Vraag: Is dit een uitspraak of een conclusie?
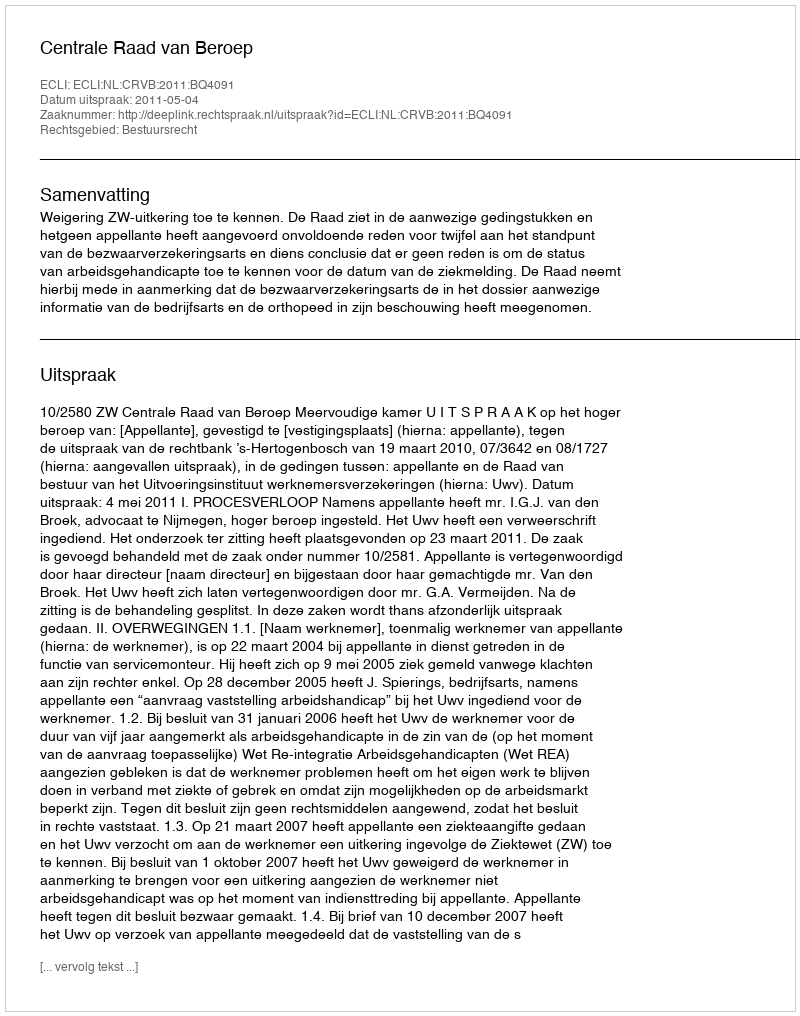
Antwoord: Uitspraak